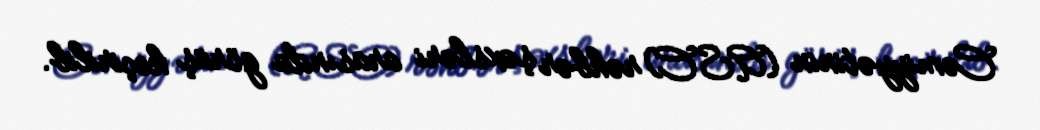
Cəmiyyətinin (ASC) rəhbər şəxsləri arasında görüş keçirilib.